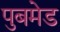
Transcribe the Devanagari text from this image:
पुबमेड